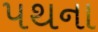
પથના